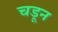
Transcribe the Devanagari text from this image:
चडून